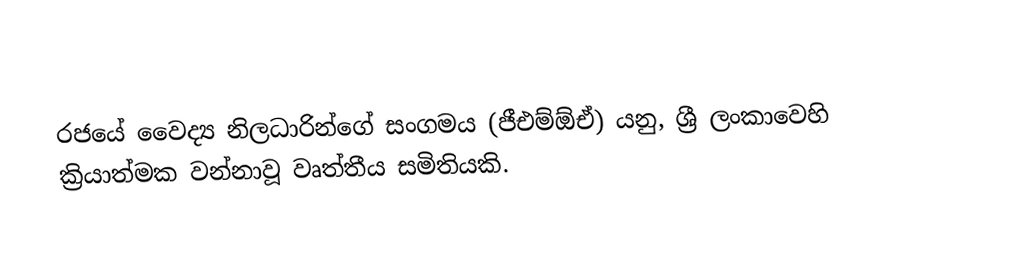
රජයේ වෛද්‍ය නිලධාරින්ගේ සංගමය (ජීඑම්ඕඒ) යනු,  ශ්‍රී ලංකාවෙහි ක්‍රියාත්මක වන්නාවූ වෘත්තීය සමිතියකි.